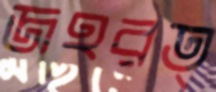
জহরত্